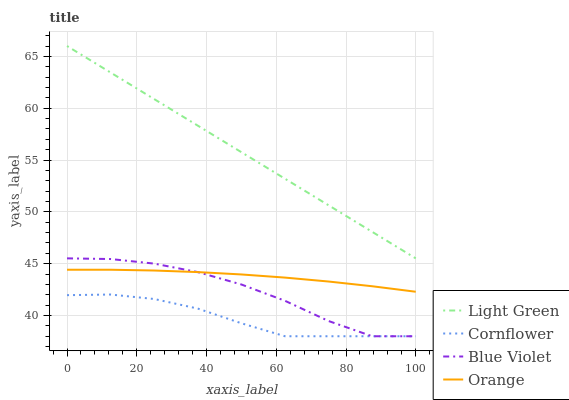
| xaxis_label | Light Green | Cornflower | Blue Violet | Orange |
 | --- | --- | --- | --- | --- |
 | 0 | 66 | 42 | 45.5 | 44.4 |
 | 12.5 | 63.4 | 42 | 45.4 | 44.4 |
 | 25 | 60.9 | 41.6 | 45 | 44.3 |
 | 37.5 | 58.3 | 40.7 | 44.2 | 44.2 |
 | 50 | 55.8 | 39.3 | 43 | 44 |
 | 62.5 | 53.2 | 38 | 41.4 | 43.7 |
 | 75 | 50.6 | 38 | 39.5 | 43.3 |
 | 87.5 | 48.1 | 38 | 38 | 42.8 |
 | 100 | 45.5 | 38 | 38 | 42.3 |